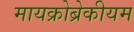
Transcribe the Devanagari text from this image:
मायक्रोब्रेकीयम